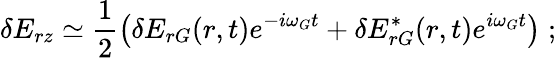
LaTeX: \delta E_{rz}\simeq\frac{1}{2}\left(\delta E_{rG}(r,t)e^{-i\omega_{G}t}+\delta E_{rG}^{*}(r,t)e^{i\omega_{G}t}\right)\; ;